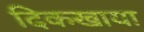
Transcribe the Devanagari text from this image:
दिकखाया